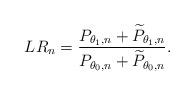
LaTeX: \begin{align*}LR_n = \frac{ P_{\theta_1, n} + \widetilde{P}_{\theta_1, n} } {P_{\theta_0, n} + \widetilde{P}_{\theta_0, n} }. \end{align*}